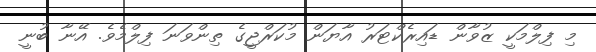
މި ފިލްމަކީ ޒުވާން ޑައިރެކްޓަރު އާޔަން މުކަރްޖީގެ ތިންވަނަ ފިލްމެވެ. އޭނާ ބުނީ